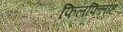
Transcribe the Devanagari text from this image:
फिलफिलाह